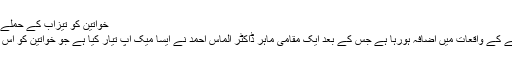
خواتین کو تیزاب کے حملے سے بچانے والا ’میک اپ‘ تیار | مکالمہ
برطانیہ میں بھی خواتین پر تیزاب پھینکنے کے واقعات میں اضافہ ہورہا ہے جس کے بعد ایک مقامی ماہر ڈاکٹر الماس احمد نے ایسا میک اپ تیار کیا ہے جو خواتین کو اس ہولناک حملے سے محفوظ رکھ سکتا ہے۔